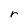
Character: r